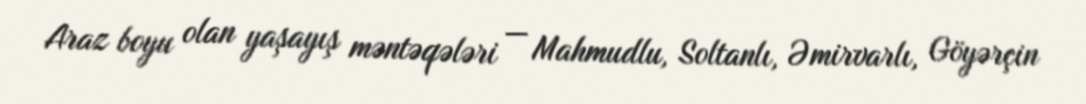
Araz boyu olan yaşayış məntəqələri — Mahmudlu, Soltanlı, Əmirvarlı, Göyərçin